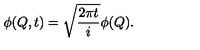
\phi ( Q , t ) = \sqrt { { \frac { 2 \pi t } { i } } } \phi ( Q ) .